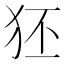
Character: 狉